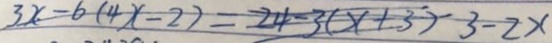
3 x - 6 ( 4 x - 2 ) = 2 4 - 3 ( x + 3 ) - 3 - 2 x